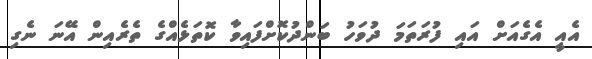
އެއީ އެގެއަށް އައި ފުރަތަމަ ދުވަހު ބަންދުކޮށްފައިވާ ކޮތަޅެއްގެ ތެރެއިން އޭނަ ނެގި